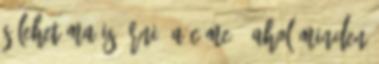
s lehet ma is írni, a címe:: AHOL MINDEN